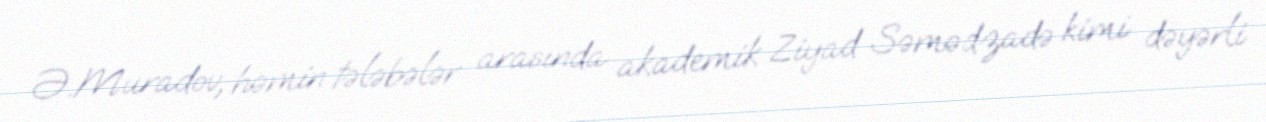
Ə.Muradov, həmin tələbələr arasında akademik Ziyad Səmədzadə kimi dəyərli